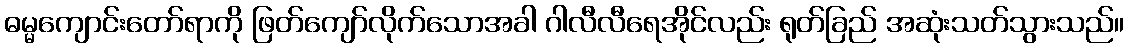
ဓမ္မကျောင်းတော်ရာကို ဖြတ်ကျော်လိုက်သောအခါ ဂါလီလီရေအိုင်လည်း ရုတ်ခြည် အဆုံးသတ်သွားသည်။